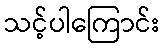
သင့်ပါကြောင်း